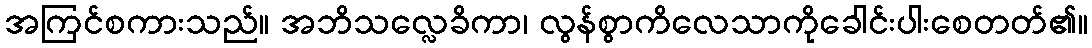
အကြင်စကားသည်။ အဘိသလ္လေခိကာ၊ လွန်စွာကိလေသာကိုခေါင်းပါးစေတတ်၏။